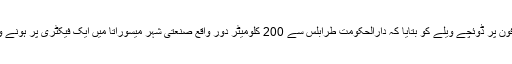
بنگلہ دیش کے دو شہریوں سیف الاسلام اور عبدالماجد نے ٹیلی فون پر ڈوئچے ویلے کو بتایا کہ دارالحکومت طرابلس سے 200 کلومیٹر دور واقع صنعتی شہر میسوراتا میں ایک فیکٹری پر ہونے والے ایک حملے کے دوران 37 بنگلہ دیشی شہری ہلاک ہوئے۔